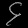
Digit: ၄